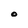
Character: O